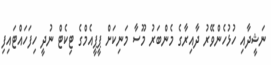
ނަޝީދާއި ހުޅުހެންވޭރު ދާއިރާގެ މެންބަރު މޫސާ މަނިކަށް ޕީޕީއެމްގެ ޓިކެޓް ނުދީ ހިފަހައްޓައިފި